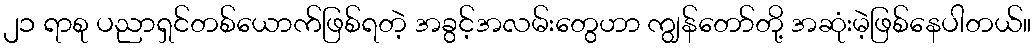
၂၁ ရာစု ပညာရှင်တစ်ယောက်ဖြစ်ရတဲ့ အခွင့်အလမ်းတွေဟာ ကျွန်တော်တို့ အဆုံးမဲ့ဖြစ်နေပါတယ်။